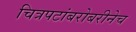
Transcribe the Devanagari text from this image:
चित्रपटांबरोबरीनेच